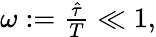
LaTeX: \begin{array}{r}{\omega:=\frac{\hat{\tau}}{T}\ll 1,}\end{array}